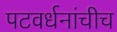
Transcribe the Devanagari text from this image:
पटवर्धनांचीच